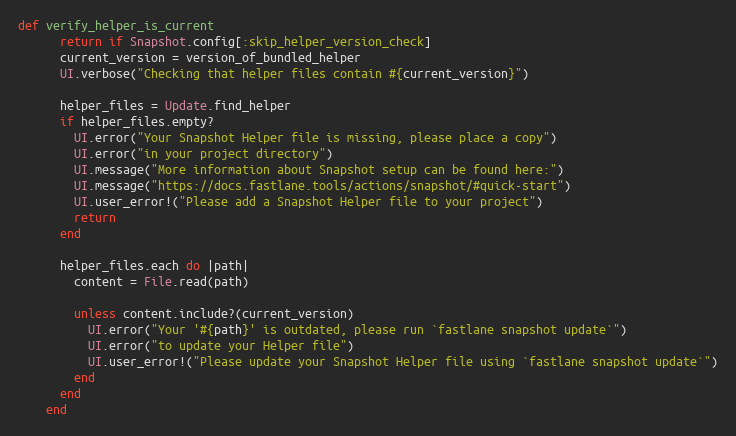
Language: Ruby
def verify_helper_is_current
      return if Snapshot.config[:skip_helper_version_check]
      current_version = version_of_bundled_helper
      UI.verbose("Checking that helper files contain #{current_version}")

      helper_files = Update.find_helper
      if helper_files.empty?
        UI.error("Your Snapshot Helper file is missing, please place a copy")
        UI.error("in your project directory")
        UI.message("More information about Snapshot setup can be found here:")
        UI.message("https://docs.fastlane.tools/actions/snapshot/#quick-start")
        UI.user_error!("Please add a Snapshot Helper file to your project")
        return
      end

      helper_files.each do |path|
        content = File.read(path)

        unless content.include?(current_version)
          UI.error("Your '#{path}' is outdated, please run `fastlane snapshot update`")
          UI.error("to update your Helper file")
          UI.user_error!("Please update your Snapshot Helper file using `fastlane snapshot update`")
        end
      end
    end